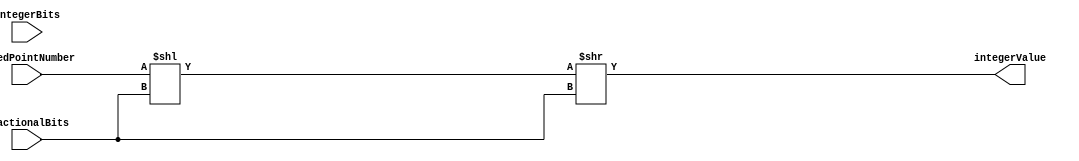
module FixedPointConverter (
    input [31:0] fixedPointNumber,
    input integerBits,
    input fractionalBits,
    output reg [31:0] integerValue
);

parameter WIDTH = 32;

reg [WIDTH-1:0] fixedPointNumberShifted;
reg [WIDTH-1:0] integerValueShifted;

always @* begin
    fixedPointNumberShifted = fixedPointNumber << fractionalBits;
    integerValueShifted = fixedPointNumberShifted >> fractionalBits;
end

always @* begin
    integerValue = integerValueShifted;
end

endmodule